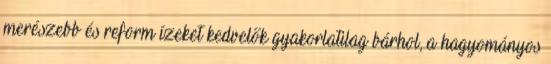
merészebb és reform ízeket kedvelők gyakorlatilag bárhol, a hagyományos